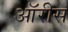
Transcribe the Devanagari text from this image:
ऑरीस